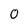
Character: 0